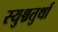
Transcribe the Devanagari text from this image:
स्युश्चतुर्था